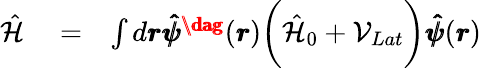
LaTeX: \begin{array}{rlr}{\hat{\mathcal{H}}}&{{}=}&{\int d\pmb{r}\pmb{\hat{\psi}^{\dag}}(\pmb{r})\bigg(\hat{\mathcal{H}}_{0}+\mathcal{V}_{Lat}\bigg)\pmb{\hat{\psi}}(\pmb{r})}\end{array}